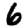
Digit: 6